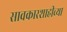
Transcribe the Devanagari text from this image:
सावकारशाहीच्या